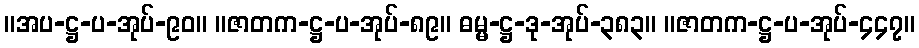
။အပ-ဋ္ဌ-ပ-အုပ်-၉၀။ ။ဇာတက-ဋ္ဌ-ပ-အုပ်-၈၉။ ဓမ္မ-ဋ္ဌ-ဒု-အုပ်-၃၈၃။ ။ဇာတက-ဋ္ဌ-ပ-အုပ်-၄၄၇။